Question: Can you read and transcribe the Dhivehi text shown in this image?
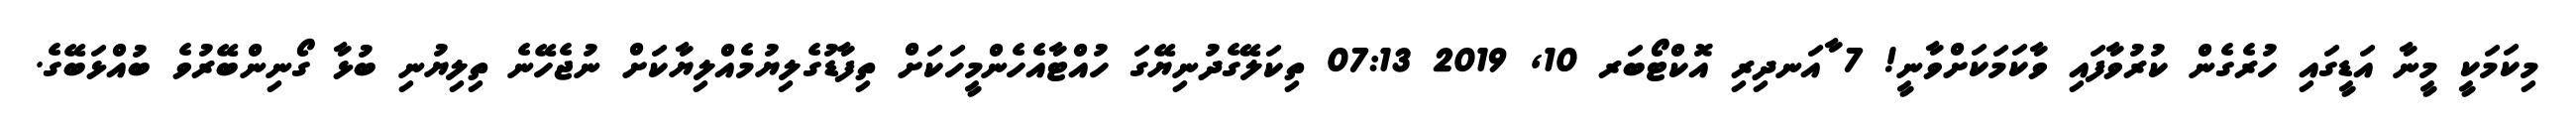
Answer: މިކަމަކީ މީނާ އަޑީގައި ހުރެގެން ކުރުވާފައި ވާކަމަކަށްވާނީ! 7 ާއަނދިރި އޮކްޓޯބަރ 10, 2019 07:13 ތިކަލޭގެދުނިޔޭގަ ހުއްޓާއެހެންމީހަކަށް ތިފާޑުގެލިޔުމެއްލިޔާކަށް ނުޖެހޭނެ ތިލިޔުނި ބުޅާ ގޯނިންބޭރުވެ ބުއްޅަބޭގެ.